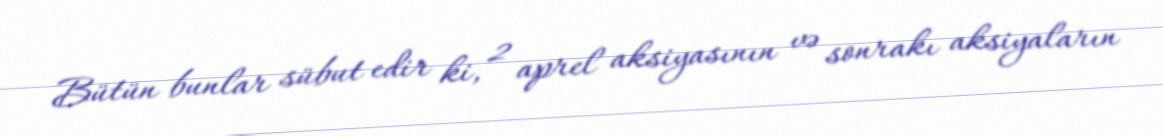
Bütün bunlar sübut edir ki, 2 aprel aksiyasının və sonrakı aksiyaların